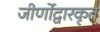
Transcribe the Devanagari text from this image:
जीर्णोद्वारकृत